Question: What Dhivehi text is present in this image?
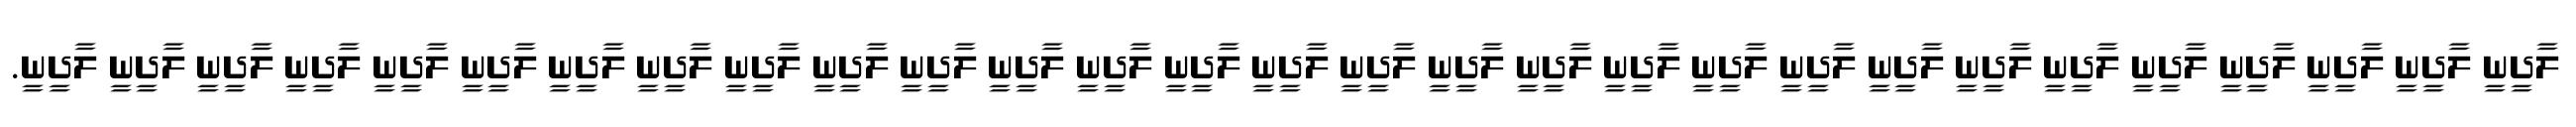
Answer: ލާދީނީ ލާދީނީ ލާދީނީ ލާދީނީ ލާދީނީ ލާދީނީ ލާދީނީ ލާދީނީ ލާދީނީ ލާދީނީ ލާދީނީ ލާދީނީ ލާދީނީ ލާދީނީ ލާދީނީ ލާދީނީ ލާދީނީ ލާދީނީ ލާދީނީ ލާދީނީ ލާދީނީ ލާދީނީ ލާދީނީ ލާދީނީ ލާދީނީ ލާދީނީ ލާދީނީ ލާދީނީ ލާދީނީ.